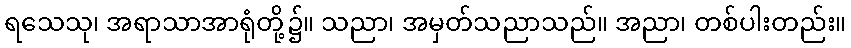
ရသေသု၊ အရာသာအာရုံတို့၌။ သညာ၊ အမှတ်သညာသည်။ အညာ၊ တစ်ပါးတည်း။